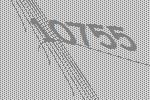
10755